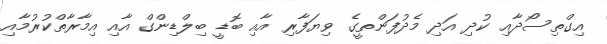
އިގްތިސޯދާއި ކުދި އަދި މެދުފަންތީގެ ވިޔަފާރި އާއި ބޮޑީ ބިލްޑިންގް އާއި އިމާރާތްކުރުމާއި